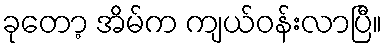
ခုတော့ အိမ်က ကျယ်ဝန်းလာပြီ။